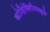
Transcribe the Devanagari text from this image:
कोशिंबिरीममध्ये